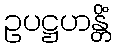
ဥပဋ္ဌဟန္တိံ